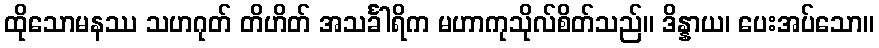
ထိုသောမနဿ သဟဂုတ် တိဟိတ် အသင်္ခါရိက မဟာကုသိုလ်စိတ်သည်။ ဒိန္နာယ၊ ပေးအပ်သော။